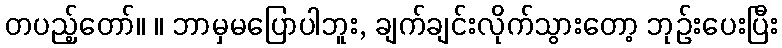
တပည့်တော်။ ။ ဘာမှမပြောပါဘူး, ချက်ချင်းလိုက်သွားတော့ ဘုဉ်းပေးပြီး